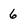
Character: 6